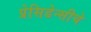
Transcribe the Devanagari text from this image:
प्रेसिडेन्सीचे